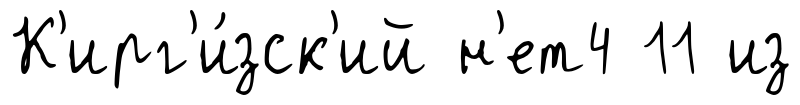
К'ирг'и́зск'ий н'ет4 11 из